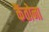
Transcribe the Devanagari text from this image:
कैंतोना